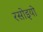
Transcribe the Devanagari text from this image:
रसोइयो